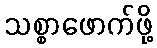
သစ္စာဖောက်ဖို့